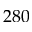
2 8 0